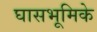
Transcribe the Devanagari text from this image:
घासभूमिके